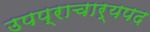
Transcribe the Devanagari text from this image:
उपप्राचार्यपद